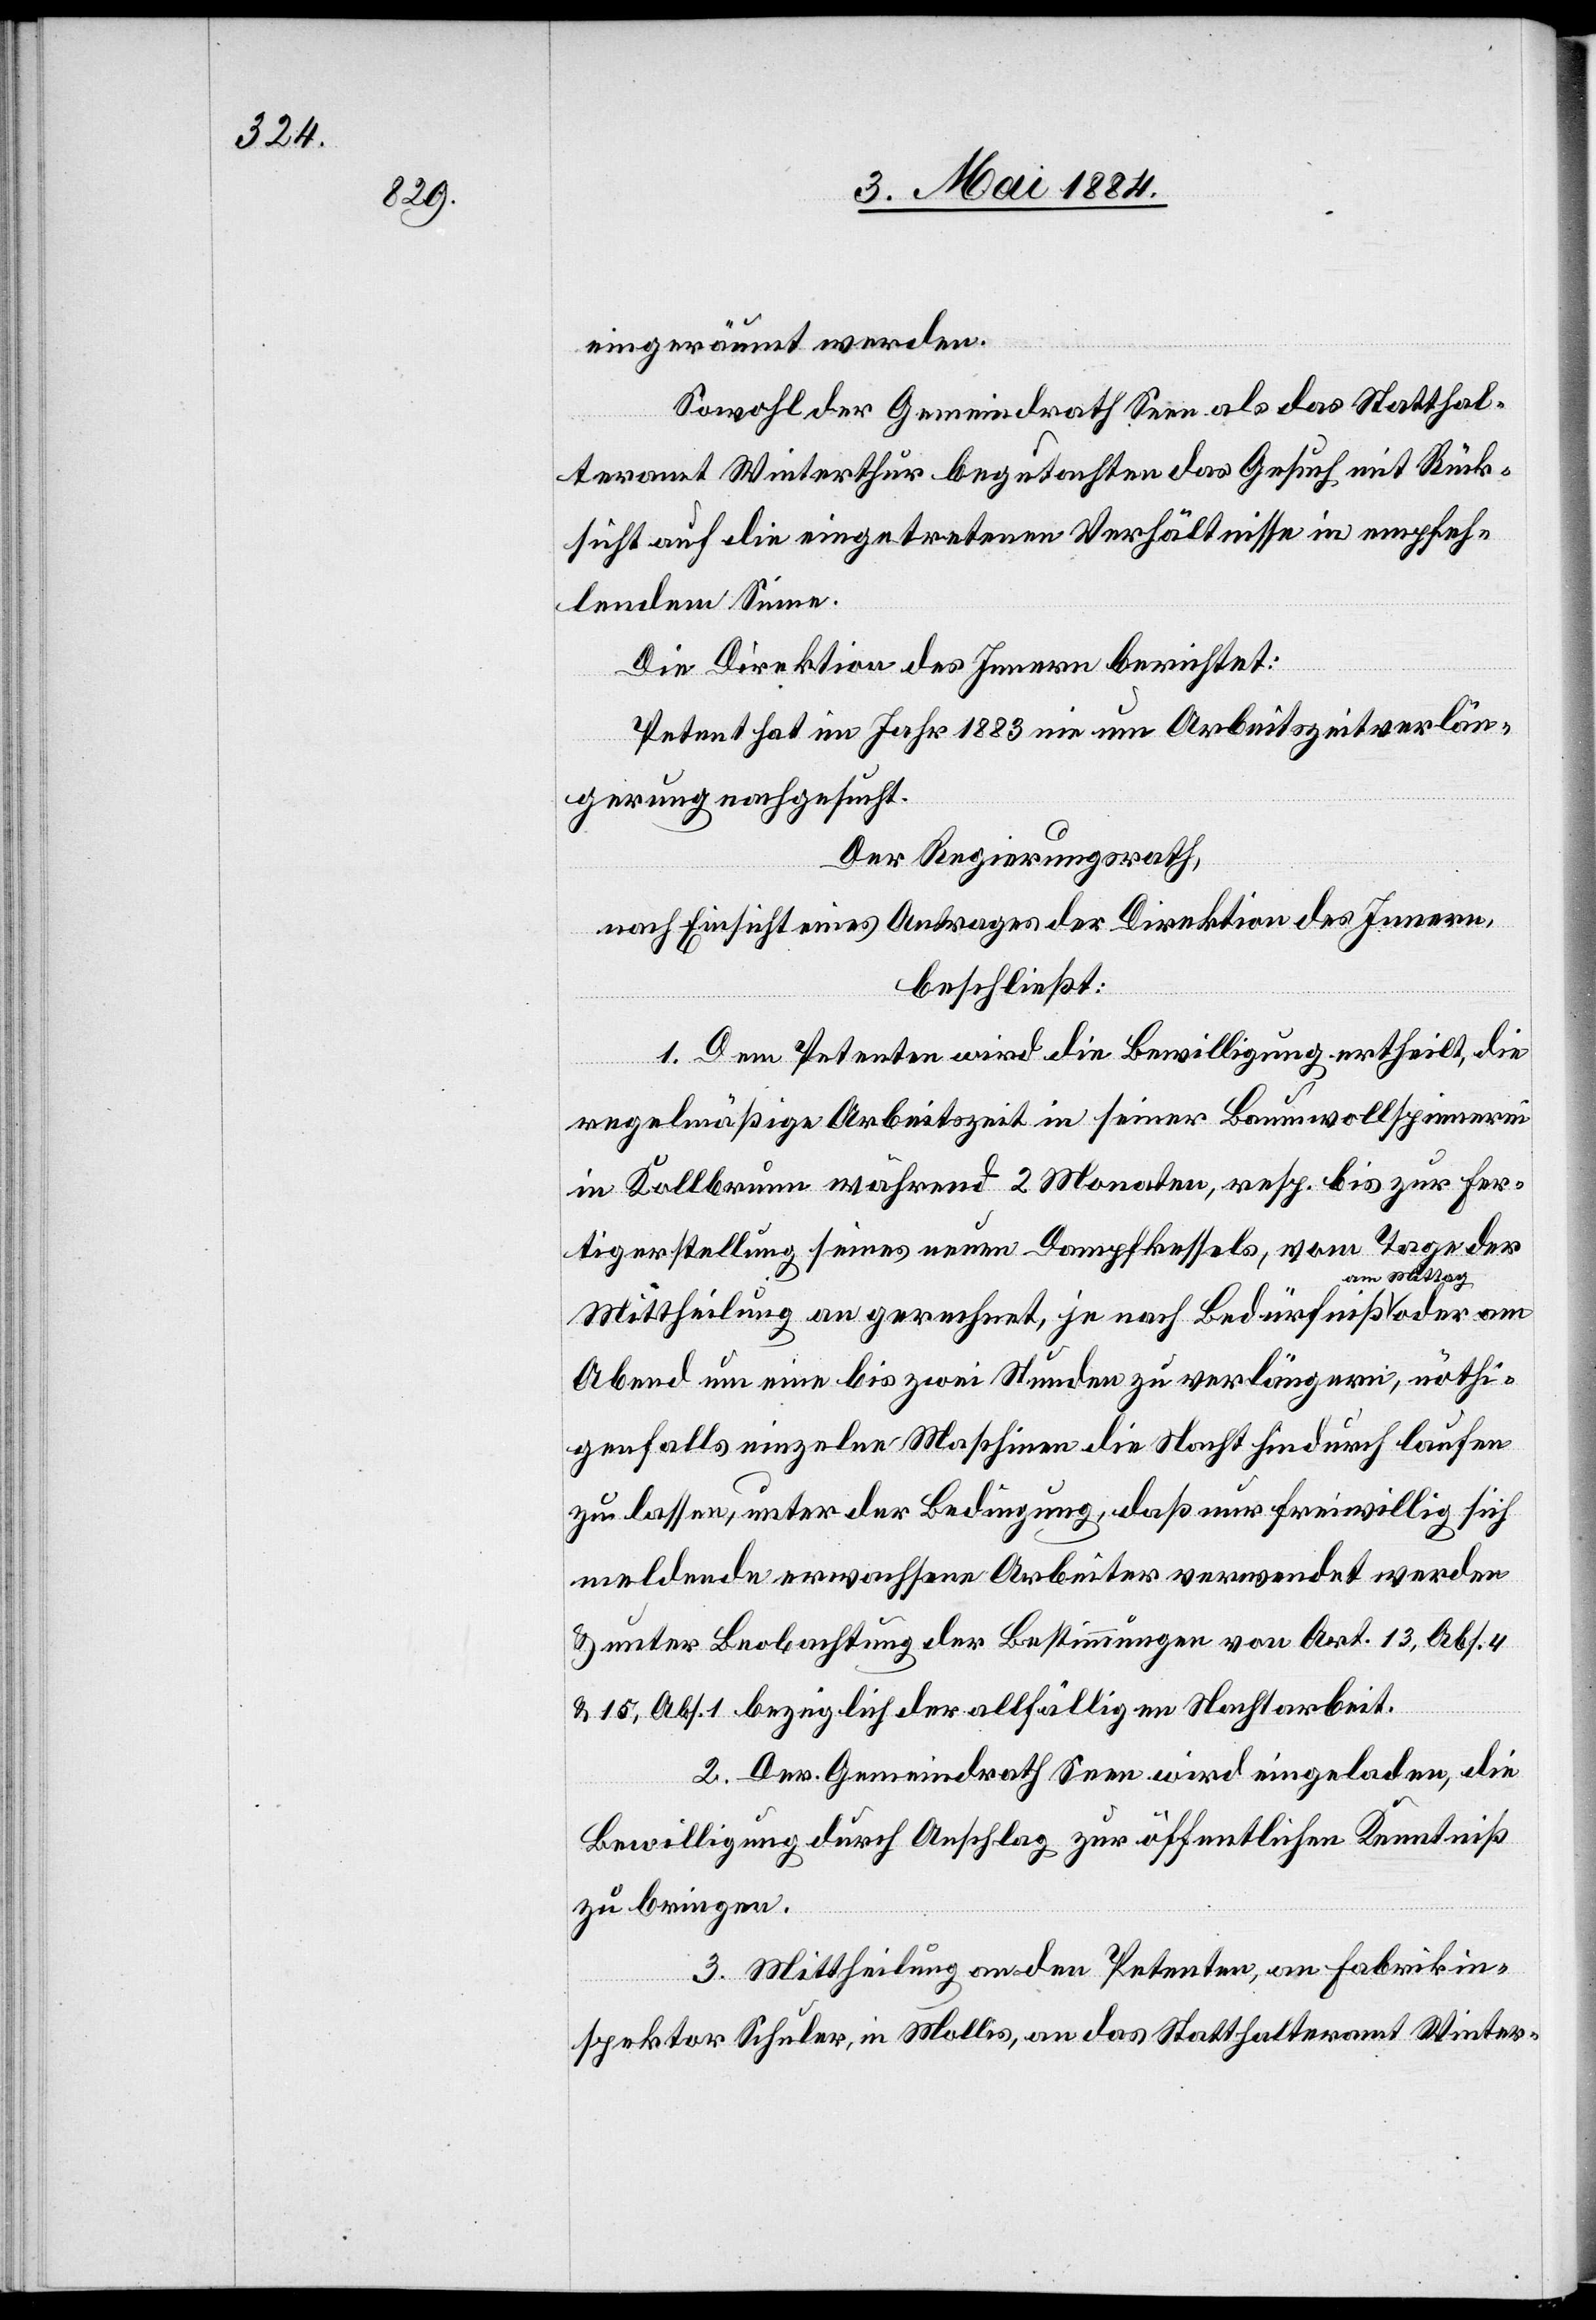
eingeräumt werden.
Sowohl der Gemeindrath Seen als das Statthal¬
teramt Winterthur begutachten das Gesuch mit Rück¬
sicht auf die eingetretenen Verhältnisse in empfeh¬
lendem Sinne.
Die Direktion des Innern berichtet:
Petent hat im Jahr 1883 nie um Arbeitszeitverlän¬
gerung nachgesucht.
Der Regierungsrath,
nach Einsicht eines Antrages der Direktion des Innern,
beschließt:
1. Dem Petenten wird die Bewilligung ertheilt, die
regelmäßige Arbeitszeit in seiner Baumwollspinnerei
in Kollbrunn während 2 Monaten, resp. bis zur Fer¬
tigstellung seines neuen Dampfkessels, vom Tage der
Mittheilung an gerechnet, je nach Bedürfniß am
Abend um eine bis zwei Stunden zu verlängern, nöthi¬
genfalls einzelne Maschinen die Nacht hindurch laufen
zu lassen, unter der Bedingung, daß nur freiwillig sich
meldende erwachsene Arbeiter verwendet werden
& unter Beobachtung [recte: Beachtung] der Bestimmungen
& 15, Abs. 1 bezüglich der allfälligen Nachtarbeit.
2. Der Gemeindrath Seen wird eingeladen, die
Bewilligung durch Anschlag zur öffentlichen Kenntniß
zu bringen.
3. Mittheilung an den Petenten, an Fabrikin¬
spektor Schuler, in Mollis, an das Statthalteramt Winter-